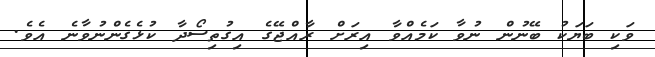
ވަކި ބަޔަކު ބޭނުން ނުވާ ކަމެއްވާ އިރަށް ރާއްޖޭގެ އިގުތިސޯދާ ކުޅެގެންނުވާނެ އެވެ.